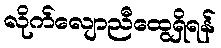
လိုက်လျောညီထွေရှိရန်